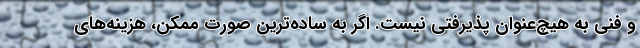
و فني به هيچ‌عنوان پذيرفتی نيست. اگر به ساده‌ترين صورت ممکن، هزينه‌هاي